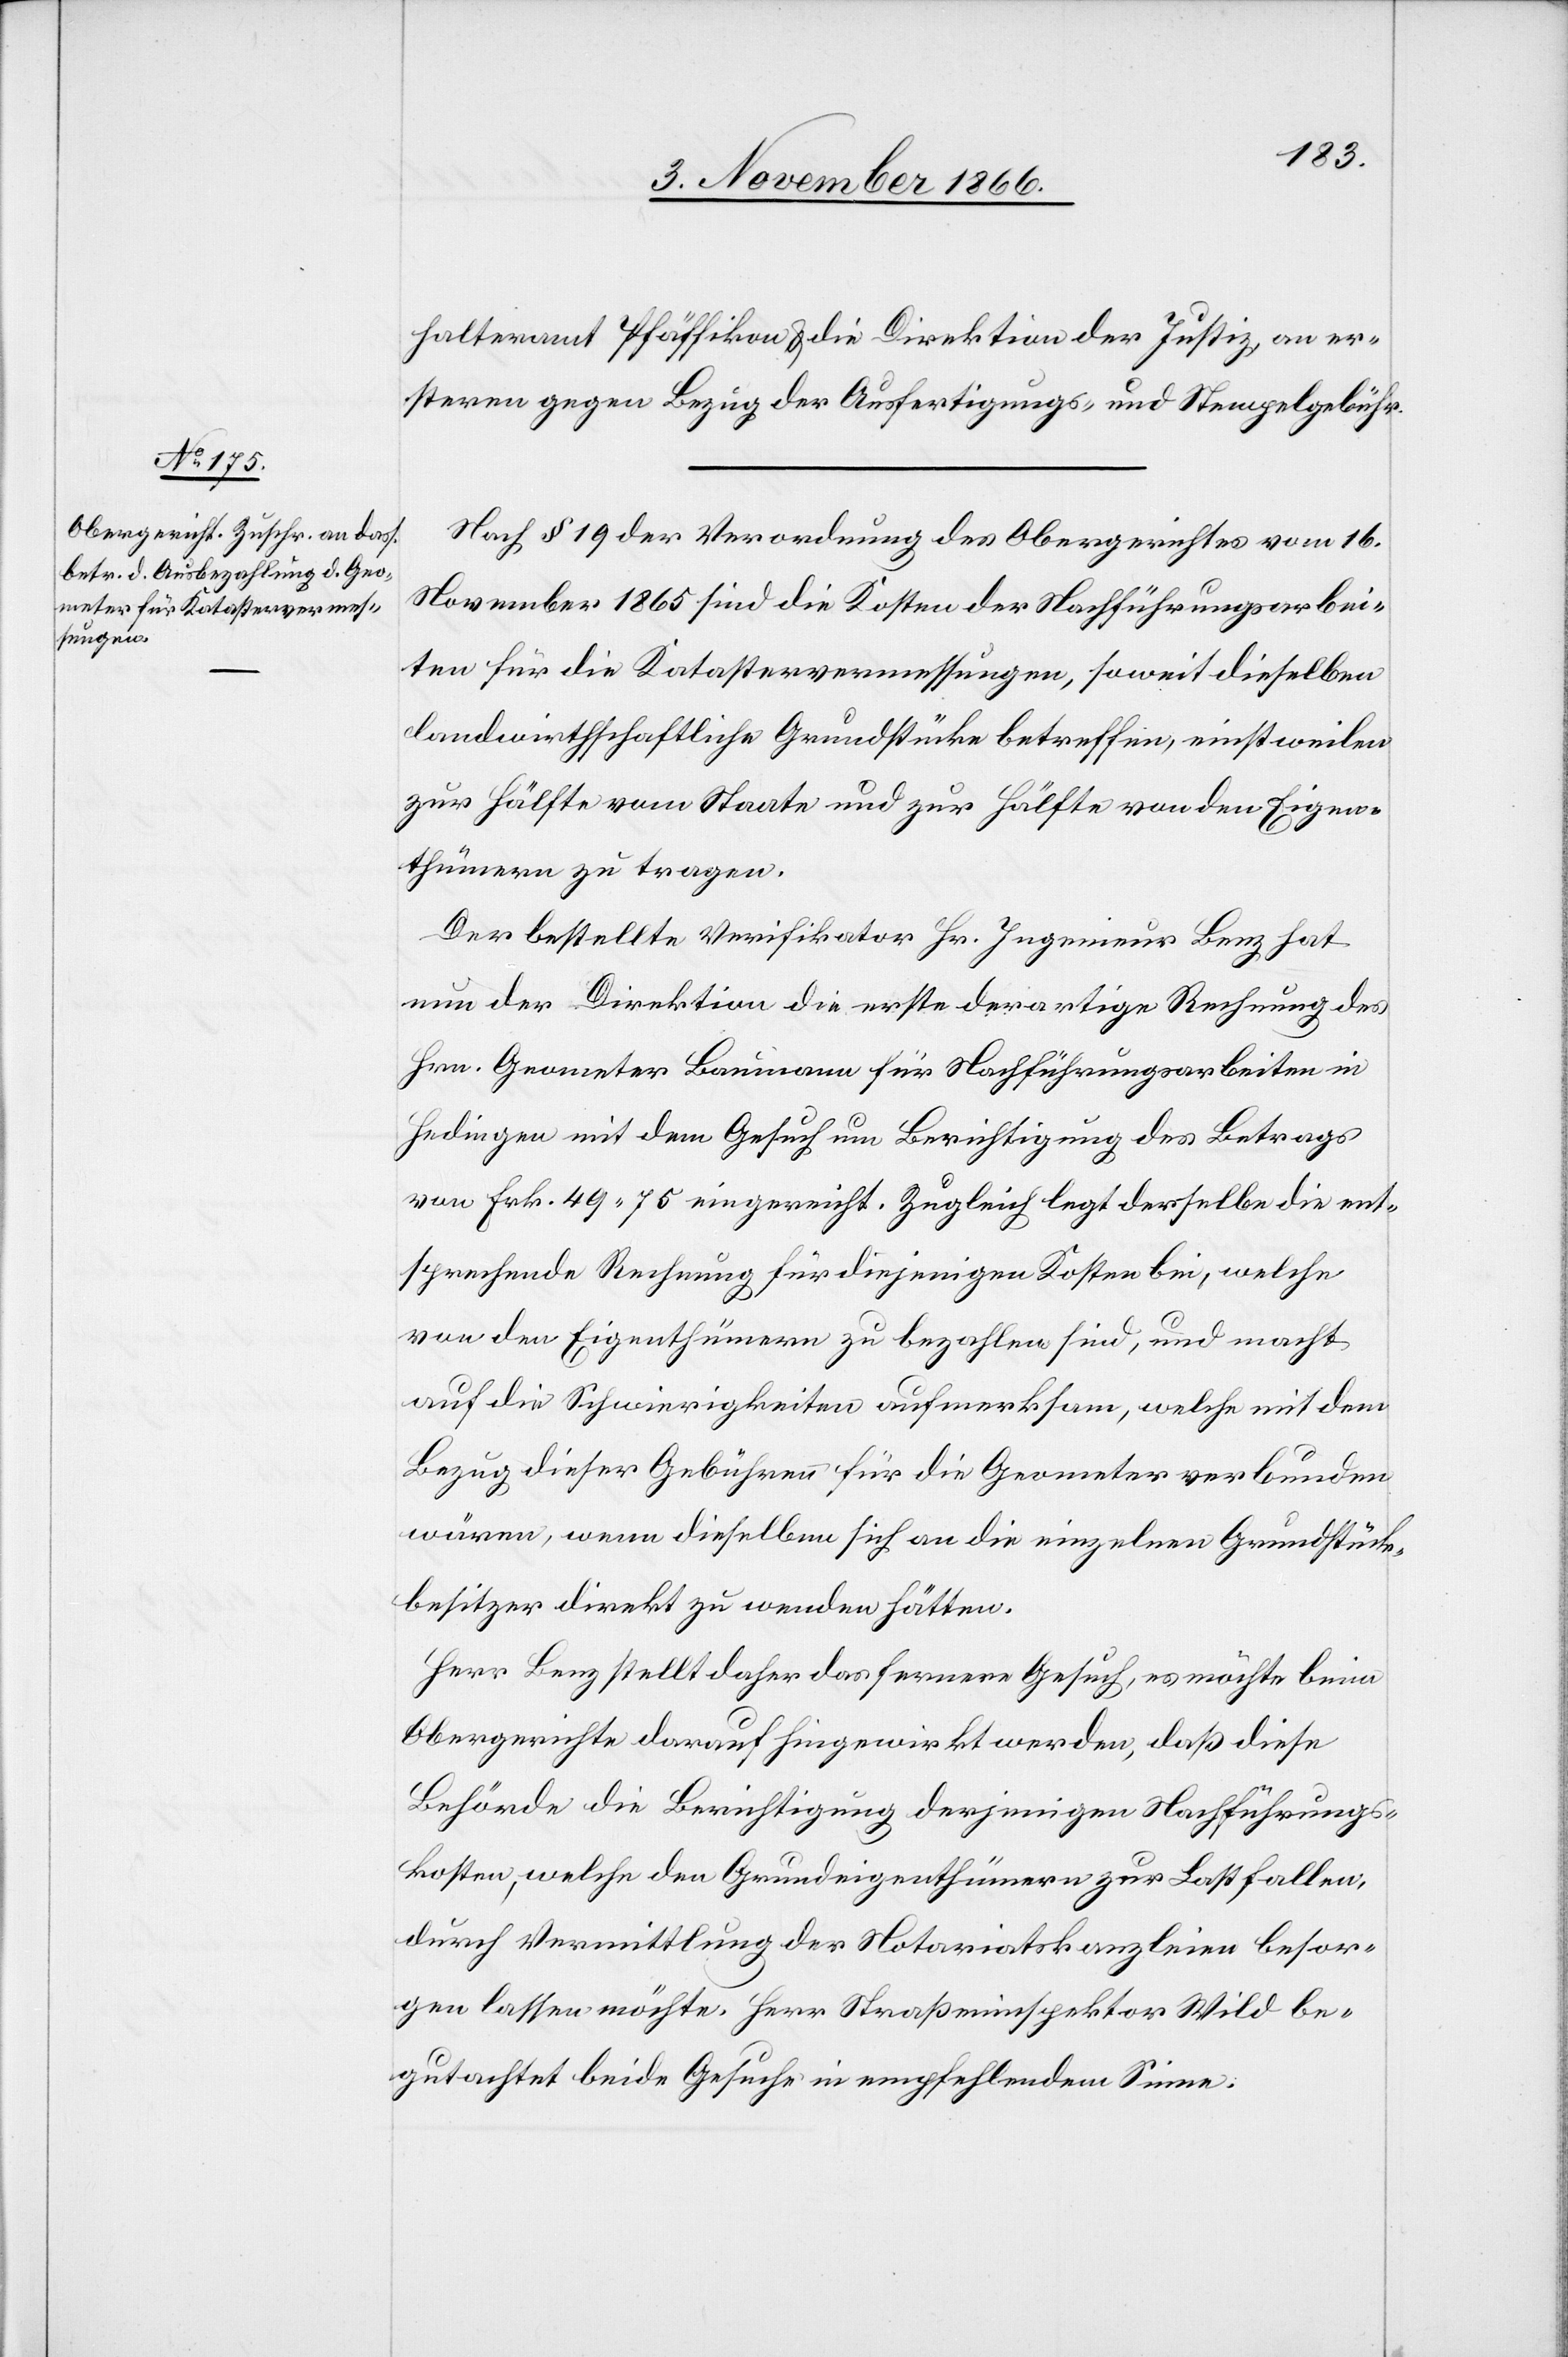
halteramt Pfäffikon & die Direktion der Justiz, an er¬
steren gegen Bezug der Ausfertigungs- und Stempelgebühr.
Nach § 19 der Verordnung des Obergerichtes vom 16.
November 1865 sind die Kosten der Nachführungsarbei¬
ten für die Katastervermessungen, soweit dieselben
landwirthschaftliche Grundstücke betreffen, einstweilen
zur Hälfte vom Staate und zur Hälfte von den Eigen¬
thümern zu tragen.
Der bestellte Verifikator Hr. Ingenieur Benz hat
nun der Direktion die erste derartige Rechnung des
Hrn. Geometer Baumann für Nachführungsarbeiten in
Hedingen mit dem Gesuch um Berichtigung des Betrags
von Frk. 49.75 eingereicht. Zugleich legt derselbe die ent¬
sprechende Rechnung für diejenigen Kosten bei, welche
von den Eigenthümern zu bezahlen sind, und macht
auf die Schwierigkeiten aufmerksam, welche mit dem
Bezug dieser Gebühren für die Geometer verbunden
wären, wenn dieselben sich an die einzelnen Grundstück¬
besitzer direkt zu wenden hätten.
Herr Benz stellt daher das fernere Gesuch, es möchte beim
Obergerichte darauf hingewirkt werden, daß diese
Behörde die Berichtigung derjenigen Nachführungs¬
kosten, welche den Grundeigenthümern zur Last fallen,
durch Vermittlung der Notariatskanzleien besor¬
gen lassen möchte. Herr Straßeninspektor Wild be¬
gutachtet beide Gesuche in empfehlendem Sinne.